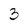
Character: 3